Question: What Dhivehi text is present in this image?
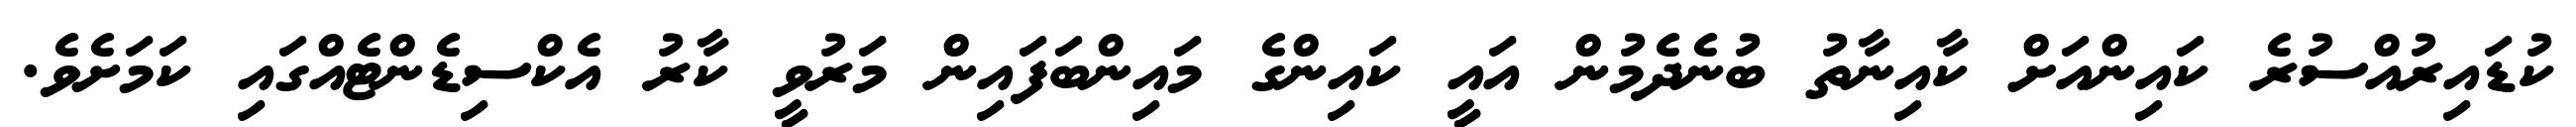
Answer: ކުޑައިރުއްސުރެ ކައިންއަށް ކާއިނާތު ބުނެދެމުން އައީ ކައިންގެ މައިންބަފައިން މަރުވީ ކާރު އެކްސިޑެންޓެއްގައި ކަމަށެވެ.